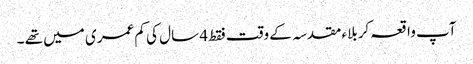
آپ واقعہ کربلاء مقدسہ کے وقت فقط 4 سال کی کم عمری میں تھے ۔